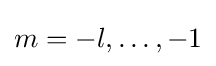
m=-l,\ldots ,-1